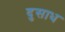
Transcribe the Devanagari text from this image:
दुसाध